Annual report of the Punjab Veterinary College and of the Civil Veterinary Department, Punjab - 1926-1932
Year: 1926
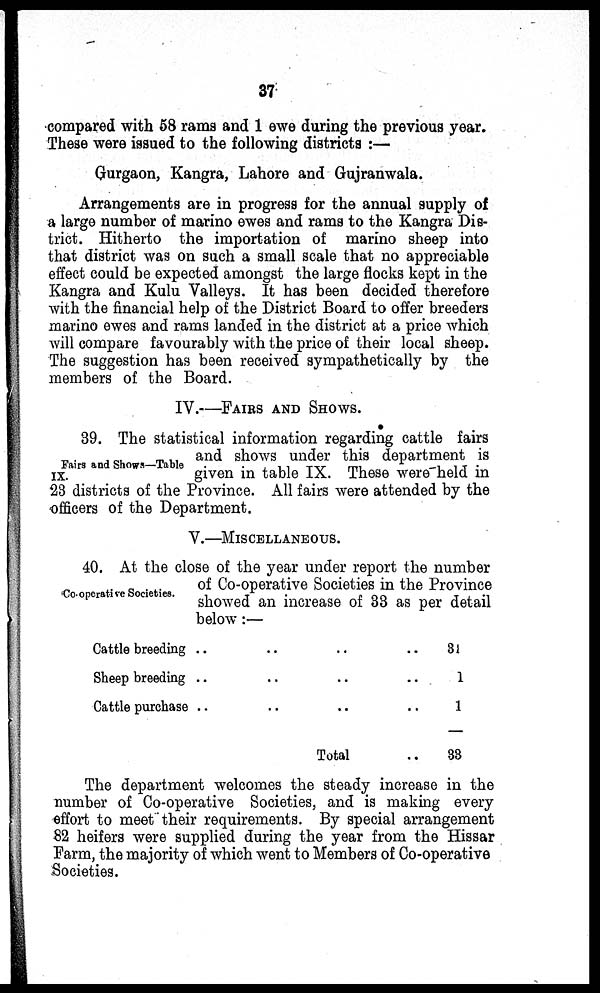
37
compared with 58 rams and 1 ewe during the previous year.
These were issued to the following districts :—
Gurgaon, Kangra, Lahore and Gujranwala.
Arrangements are in progress for the annual supply of
a large number of marino ewes and rams to the Kangra Dis-
trict. Hitherto the importation of marino sheep into
that district was on such a small scale that no appreciable
effect could be expected amongst the large flocks kept in the
Kangra and Kulu Valleys. It has been decided therefore
with the financial help of the District Board to offer breeders
marino ewes and rams landed in the district at a price which
will compare favourably with the price of their local sheep.
The suggestion has been received sympathetically by the
members of the Board.
IV.—FAIRS AND SHOWS.
Fairs and Shows—Table
IX.
39. The statistical information regarding cattle fairs
and shows under this department is
given in table IX. These were held in
23 districts of the Province. All fairs were attended by the
officers of the Department.
V.—MISCELLANEOUS.
Co-operative Societies.
40. At the close of the year under report the number
of Co-operative Societies in the Province
showed an increase of 33 as per detail
below :—
Cattle breeding ..
.. .. ..
Sheep breeding ..
.. .. ..
Cattle purchase ..
.. .. ..
Total ..
31
1
1
33
The department welcomes the steady increase in the
number of Co-operative Societies, and is making every
effort to meet their requirements. By special arrangement
82 heifers were supplied during the year from the Hissar
Farm, the majority of which went to Members of Co-operative
Societies.